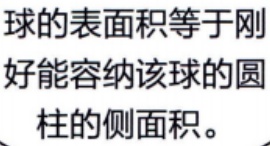
球的表面积等于刚好能容纳该球的圆柱的侧面积。